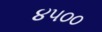
૪૫૦૦